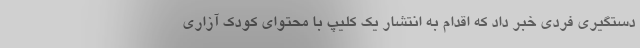
دستگیری فردی خبر داد که اقدام به انتشار یک کلیپ با محتوای کودک آزاری